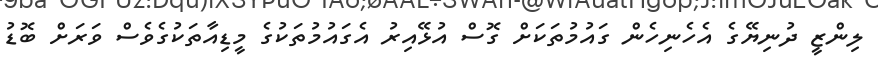
ލިންޒީ ދުނިޔޭގެ އެހެނިހެން ގައުމުތަކަށް ގޮސް އުޅޭއިރު އެގައުމުތަކުގެ މީޑިއާތަކުގެވެސް ވަރަށް ބޮޑު